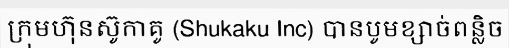
ក្រុមហ៊ុនស៊ូកាគូ (Shukaku Inc) បានបូមខ្សាច់ពន្លិច